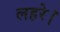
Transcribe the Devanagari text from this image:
लहरे।